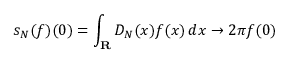
s _ { N } ( f ) ( 0 ) = \int _ { \mathbf { R } } D _ { N } ( x ) f ( x ) \, d x \to 2 \pi f ( 0 )